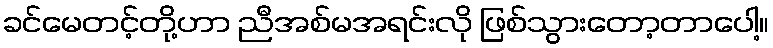
ခင်မေတင့်တို့ဟာ ညီအစ်မအရင်းလို ဖြစ်သွားတော့တာပေါ့။